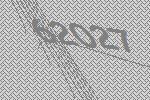
62027